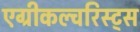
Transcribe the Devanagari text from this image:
एग्रीकल्चरिस्ट्स